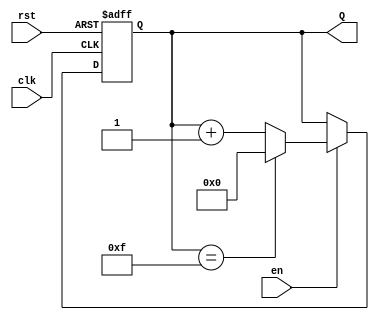
module UpCounterWithEnable #(parameter n = 4) (
    input wire clk,          // Clock signal
    input wire en,          // Enable signal
    input wire rst,         // Asynchronous reset signal
    output reg [n-1:0] Q    // n-bit output count
);

    // On the rising edge of the clock
    always @(posedge clk or posedge rst) begin
        if (rst) begin
            Q <= 0; // Reset the count to 0
        end else if (en) begin
            if (Q == (1 << n) - 1) begin
                Q <= 0; // Roll over to 0 if maximum count is reached
            end else begin
                Q <= Q + 1; // Increment the count
            end
        end
        // If enable is low, retain the current count
    end

endmodule